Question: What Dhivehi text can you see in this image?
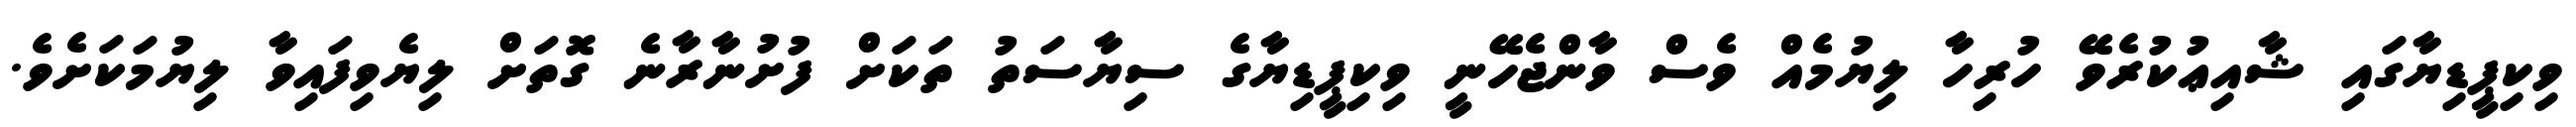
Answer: ވިކިޕީޑިޔާގައި ޝާއިޢުކުރެވޭ ހުރިހާ ލިޔުމެއް ވެސް ވާންޖެހޭނީ ވިކިޕީޑިޔާގެ ސިޔާސަތު ތަކަށް ފުށުނާރާނެ ގޮތަށް ލިޔެވިފައިވާ ލިޔުމަކަށެވެ.